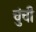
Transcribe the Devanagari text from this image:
चुंची